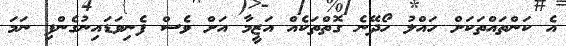
އެ ކަންތައްތަކަށް ހައްލު ހޯދޭނެ ގޮތްތަކެއް އަޒީމާ އަށް ވެސް ފެނިވަޑައިނުގެންފި ނަމަ